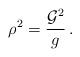
LaTeX: \begin{align*}\rho^2=\frac{{\cal G}^2}{g}\,. \end{align*}